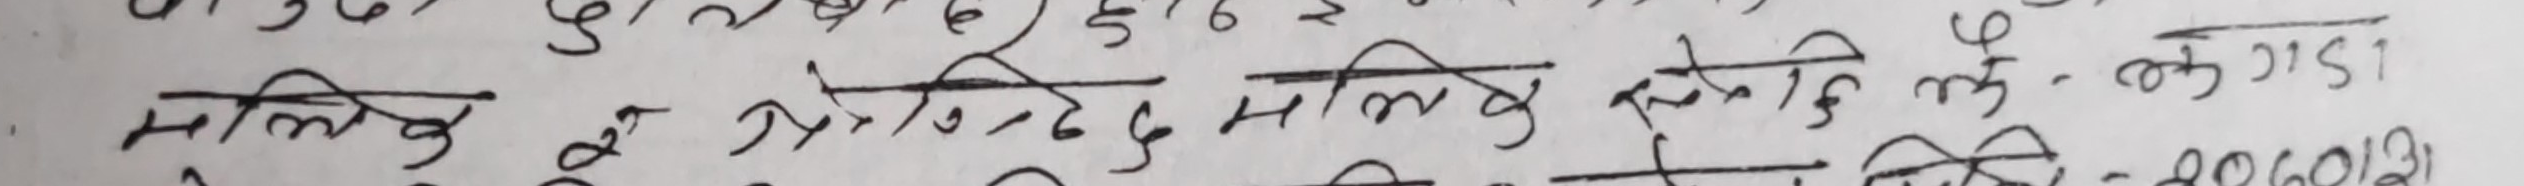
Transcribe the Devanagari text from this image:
मालिक मैले मैले मैले मैले मैले रू १
१२०६०१२३१